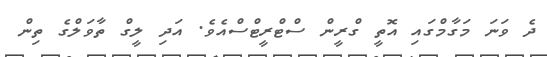
ދެ ވަނަ މަގާމްގައި އޮތީ ގްރީން ސްޓްރީޓްސްއެވެ. އަދި ލީގް ތާވަލްގެ ތިން